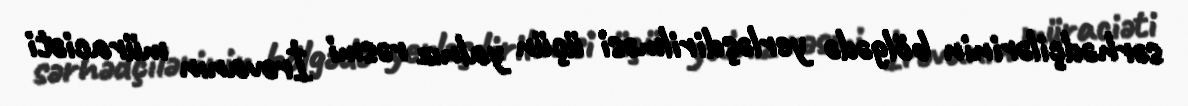
sərhədçilərinin bölgədə yerləşdirilməsi üçün yalnız rəsmi İrəvanın müraciəti